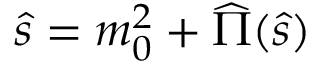
\hat { s } = m _ { 0 } ^ { 2 } + \widehat { \Pi } ( \hat { s } )